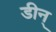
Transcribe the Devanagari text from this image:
डीन्